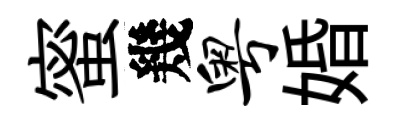
蜜幾粤婚